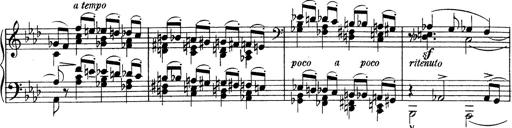
Title: Variationen Ã¼ber das Motiv von Bach
Composer: Franz Liszt